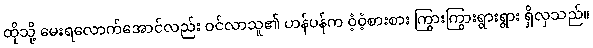
ထိုသို့ မေးရလောက်အောင်လည်း ဝင်လာသူ၏ ဟန်ပန်က ဝံ့ဝံ့စားစား ကြွားကြွားရွားရွား ရှိလှသည်။